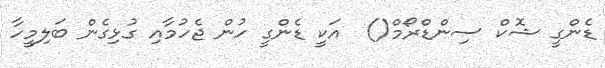
ޑެންގީ ޝޮކް ސިންޑްރޯމް()  އަކީ ޑެންގީ ހުން ޖެހުމާއި ގުޅިގެން ބަލިމީހާ